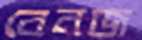
বেনজ